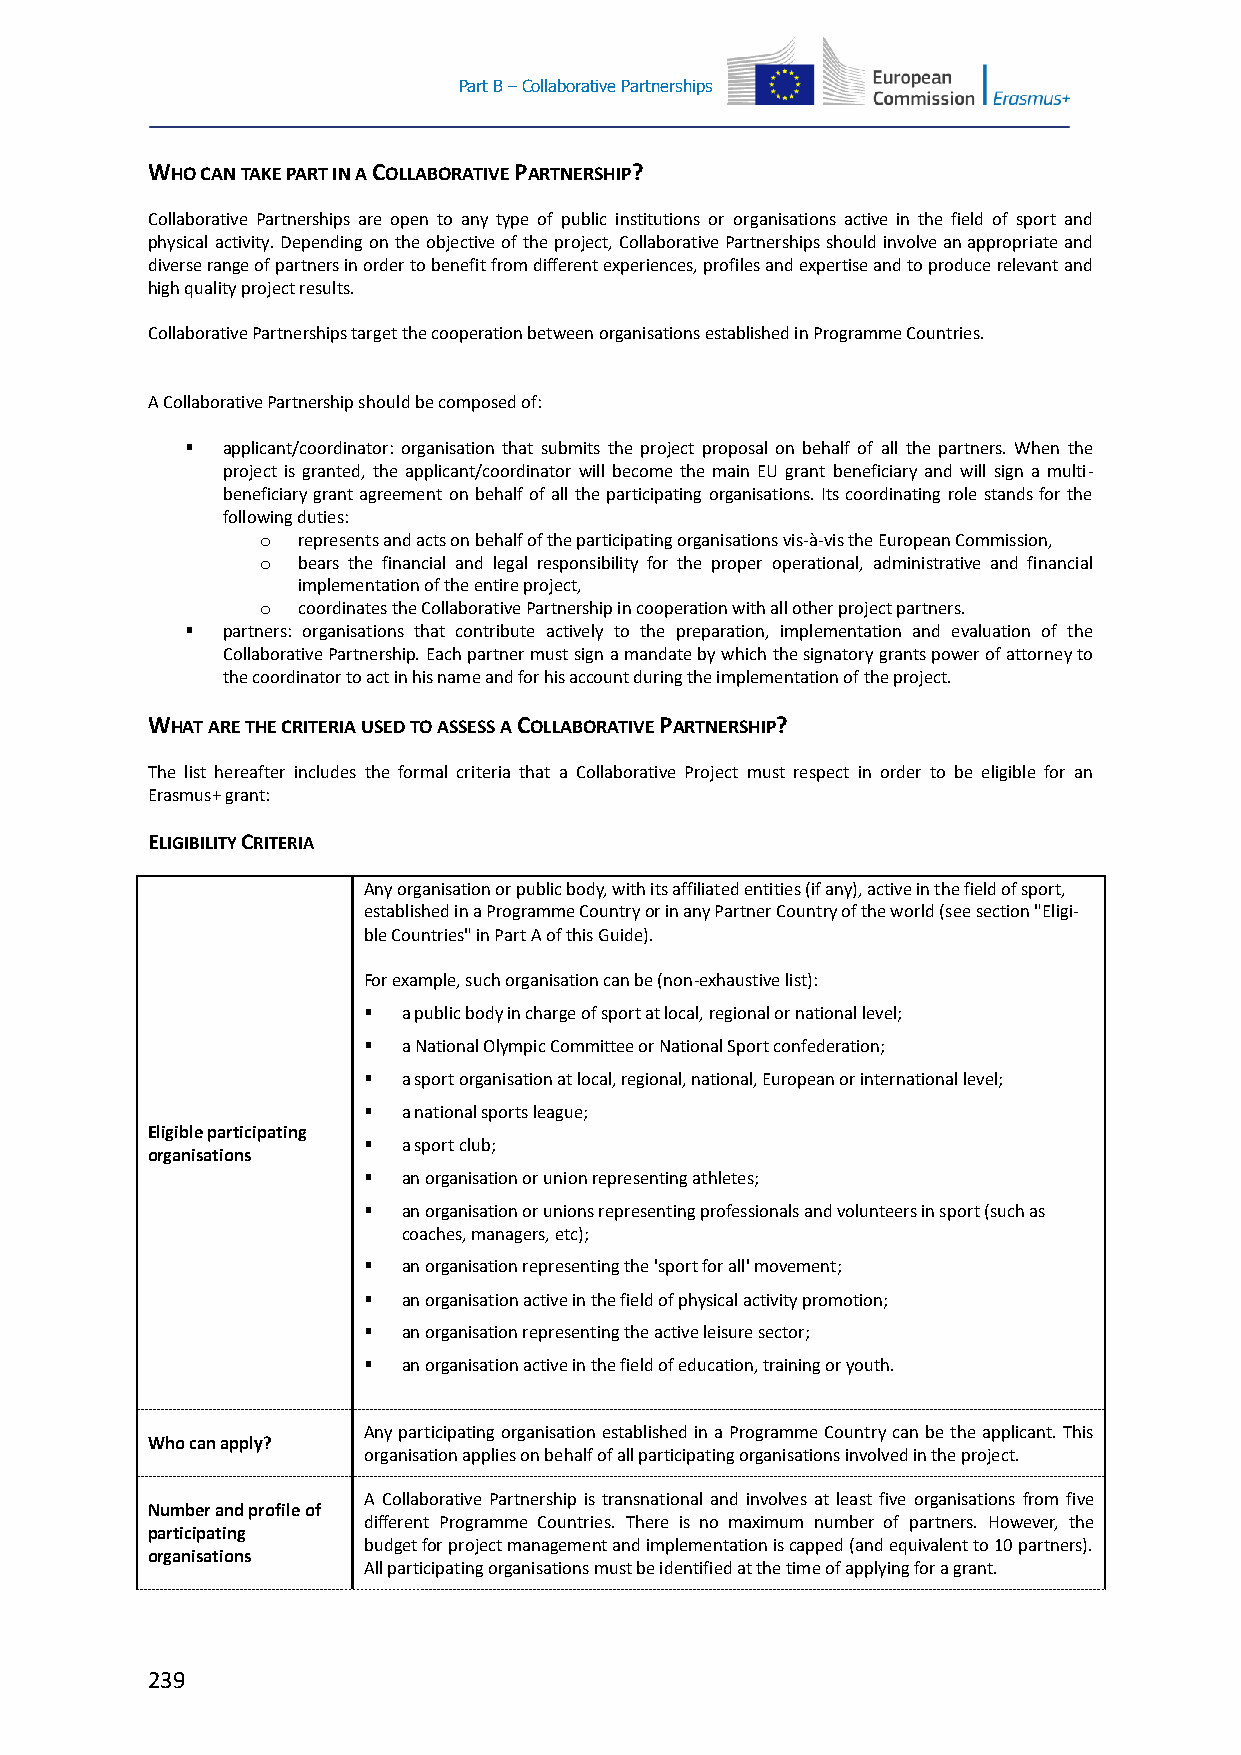
Part B – Collaborative Partnerships
 WHO CAN TAKE PART IN A COLLABORATIVE PARTNERSHIP?
 Collaborative Partnerships are open to any type of public institutions or organisations active in the field of sport and
 physical activity. Depending on the objective of the project, Collaborative Partnerships should involve an appropriate and
 diverse range of partners in order to benefit from different experiences, profiles and expertise and to produce relevant and
 high quality project results.
 Collaborative Partnerships target the cooperation between organisations established in Programme Countries.
 A Collaborative Partnership should be composed of:
   applicant/coordinator: organisation that submits the project proposal on behalf of all the partners. When the
 project is granted, the applicant/coordinator will become the main EU grant beneficiary and will sign a multi-
 beneficiary grant agreement on behalf of all the participating organisations. Its coordinating role stands for the
 following duties:
 o  represents and acts on behalf of the participating organisations vis-à-vis the European Commission,
 o  bears the financial and legal responsibility for the proper operational, administrative and financial
 implementation of the entire project,
 o  coordinates the Collaborative Partnership in cooperation with all other project partners.
   partners: organisations that contribute actively to the preparation, implementation and evaluation of the
 Collaborative Partnership. Each partner must sign a mandate by which the signatory grants power of attorney to
 the coordinator to act in his name and for his account during the implementation of the project.
 WHAT ARE THE CRITERIA USED TO ASSESS A COLLABORATIVE PARTNERSHIP?
 The list hereafter includes the formal criteria that a Collaborative Project must respect in order to be eligible for an
 Erasmus+ grant:
 ELIGIBILITY CRITERIA
 Any organisation or public body, with its affiliated entities (if any), active in the field of sport,
 established in a Programme Country or in any Partner Country of the world (see section "Eligi-
 ble Countries" in Part A of this Guide).
 For example, such organisation can be (non-exhaustive list):
   a public body in charge of sport at local, regional or national level;
   a National Olympic Committee or National Sport confederation;
   a sport organisation at local, regional, national, European or international level;
   a national sports league;
 Eligible participating
   a sport club;
 organisations
   an organisation or union representing athletes;
   an organisation or unions representing professionals and volunteers in sport (such as
 coaches, managers, etc);
   an organisation representing the 'sport for all' movement;
   an organisation active in the field of physical activity promotion;
   an organisation representing the active leisure sector;
   an organisation active in the field of education, training or youth.
 Any participating organisation established in a Programme Country can be the applicant. This
 Who can apply?
 organisation applies on behalf of all participating organisations involved in the project.
 A Collaborative Partnership is transnational and involves at least five organisations from five
 Number and profile of
 different Programme Countries. There is no maximum number of partners. However, the
 participating
 budget for project management and implementation is capped (and equivalent to 10 partners).
 organisations
 All participating organisations must be identified at the time of applying for a grant.
 239